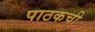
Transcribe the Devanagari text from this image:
पाठकची